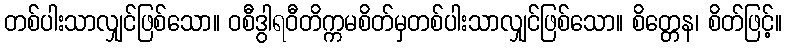
တစ်ပါးသာလျှင်ဖြစ်သော။ ဝစီဒွါရဝီတိက္ကမစိတ်မှတစ်ပါးသာလျှင်ဖြစ်သော။ စိတ္တေန၊ စိတ်ဖြင့်။